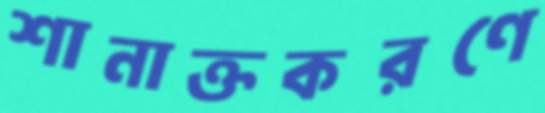
শানাক্তকরণে